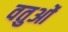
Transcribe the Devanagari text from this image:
वतुओं